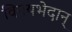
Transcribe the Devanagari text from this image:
विनयभेदान्